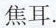
焦耳.